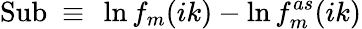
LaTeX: \mathrm{Sub}\ \equiv\ \ln f_{m}(ik)-\ln f_{m}^{as}(ik)